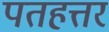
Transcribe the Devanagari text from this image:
पतहत्तर